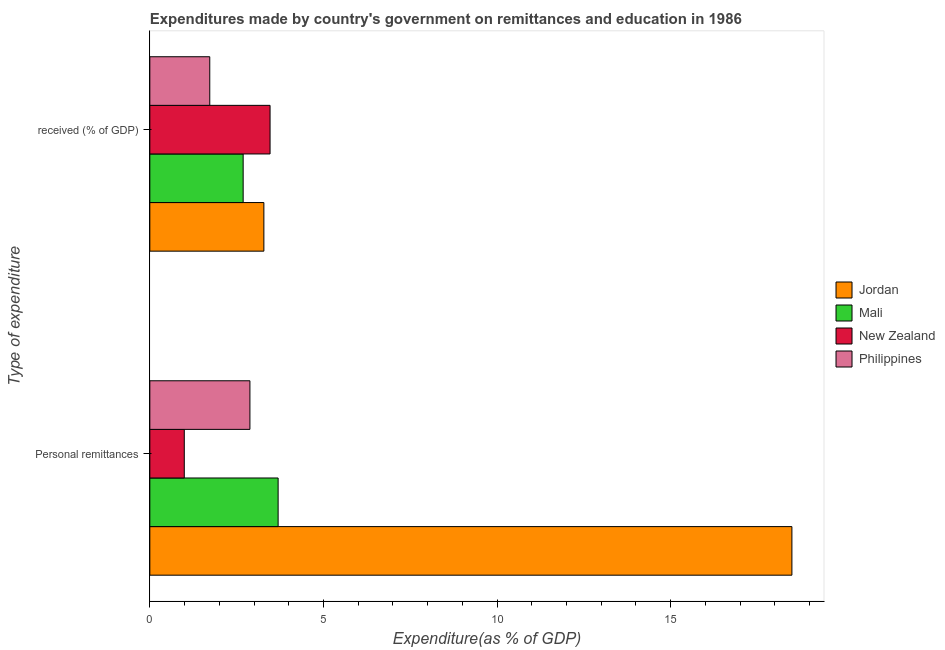
| Type of expenditure | Jordan | Mali | New Zealand | Philippines |
 | --- | --- | --- | --- | --- |
 | Personal remittances | 18.5 | 3.69 | 0.992 | 2.88 |
 |  received (% of GDP) | 3.28 | 2.69 | 3.46 | 1.73 |